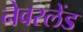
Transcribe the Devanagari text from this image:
नेवरलेंड